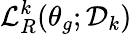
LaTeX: \mathcal{L}_{R}^{k}(\theta_{g};\mathcal{D}_{k})